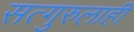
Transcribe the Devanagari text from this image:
सत्गुरुलाही